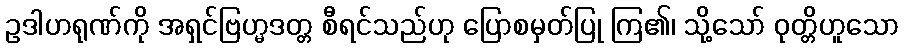
ဥဒါဟရုဏ်ကို အရှင်ဗြဟ္မဒတ္တ စီရင်သည်ဟု ပြောစမှတ်ပြု ကြ၏၊ သို့သော် ဝုတ္တိဟူသော